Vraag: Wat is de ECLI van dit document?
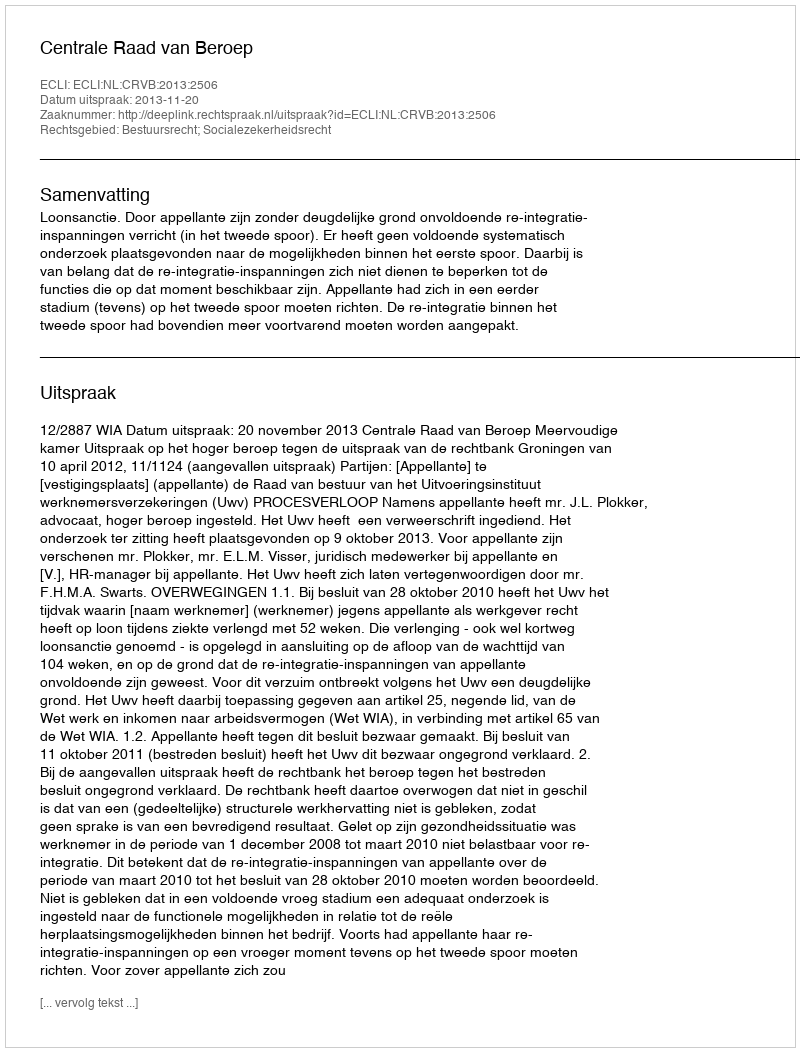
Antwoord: ECLI:NL:CRVB:2013:2506